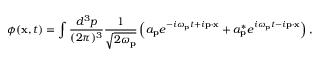
\phi ( \mathbf { x } , t ) = \int { \frac { d ^ { 3 } p } { ( 2 \pi ) ^ { 3 } } } { \frac { 1 } { \sqrt { 2 \omega _ { \mathbf { p } } } } } \left( a _ { \mathbf { p } } e ^ { - i \omega _ { \mathbf { p } } t + i \mathbf { p } \cdot \mathbf { x } } + a _ { \mathbf { p } } ^ { * } e ^ { i \omega _ { \mathbf { p } } t - i \mathbf { p } \cdot \mathbf { x } } \right) ,